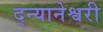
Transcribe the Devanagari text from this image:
द्न्यानेश्वरी